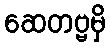
ဆေတဗ္ဗမှိ